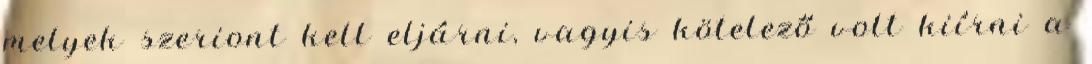
melyek szeriont kell eljárni, vagyis kötelező volt kiírni a